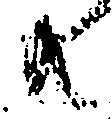
共